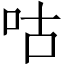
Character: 咕